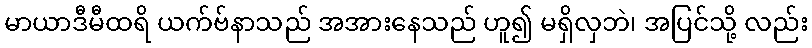
မာယာဒီမီထရိ ယက်ဗ်နာသည် အအားနေသည် ဟူ၍ မရှိလှဘဲ၊ အပြင်သို့ လည်း